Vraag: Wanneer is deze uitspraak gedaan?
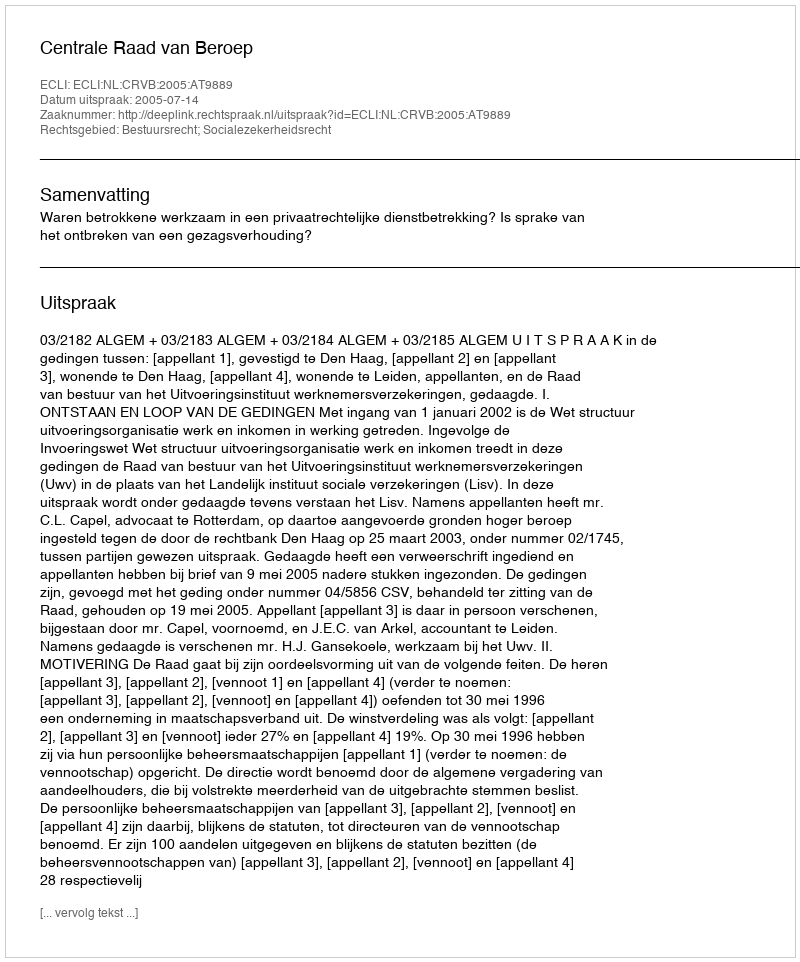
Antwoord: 2005-07-14